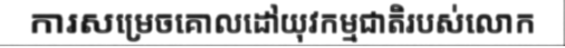
ការសម្រេចគោលដៅយុវកម្មជាតិរបស់លោក